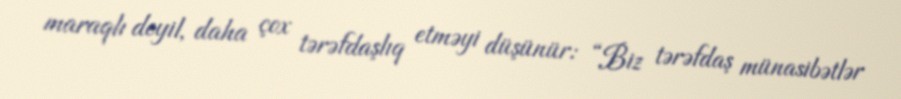
maraqlı deyil, daha çox tərəfdaşlıq etməyi düşünür: “Biz tərəfdaş münasibətlər